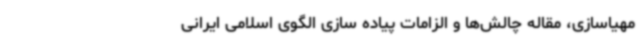
مهیاسازی، مقاله چالش‌ها و الزامات پیاده سازی الگوی اسلامی ایرانی